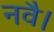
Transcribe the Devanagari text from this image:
नवै।